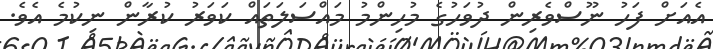
އެއަށް ފަހު ނޫސްވެރިން ދުވަހުގެ މުހިންމު މައްސަލަތައް ކަވަރު ކުރާން ނިކުމެ އެވެ.